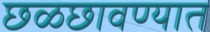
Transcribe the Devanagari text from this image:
छळछावण्यात